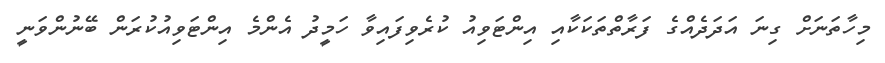
މިހާތަނަށް ގިނަ އަދަދެއްގެ ފަރާތްތަކަކާއި އިންޓަވިއު ކުރެވިފައިވާ ހަމީދު އެންމެ އިންޓަވިއުކުރަން ބޭނުންވަނީ